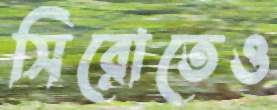
সিরোতেও